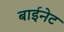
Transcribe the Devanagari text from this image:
बाईनेट